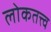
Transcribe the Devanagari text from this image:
लोकतत्त्व